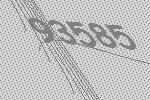
93585